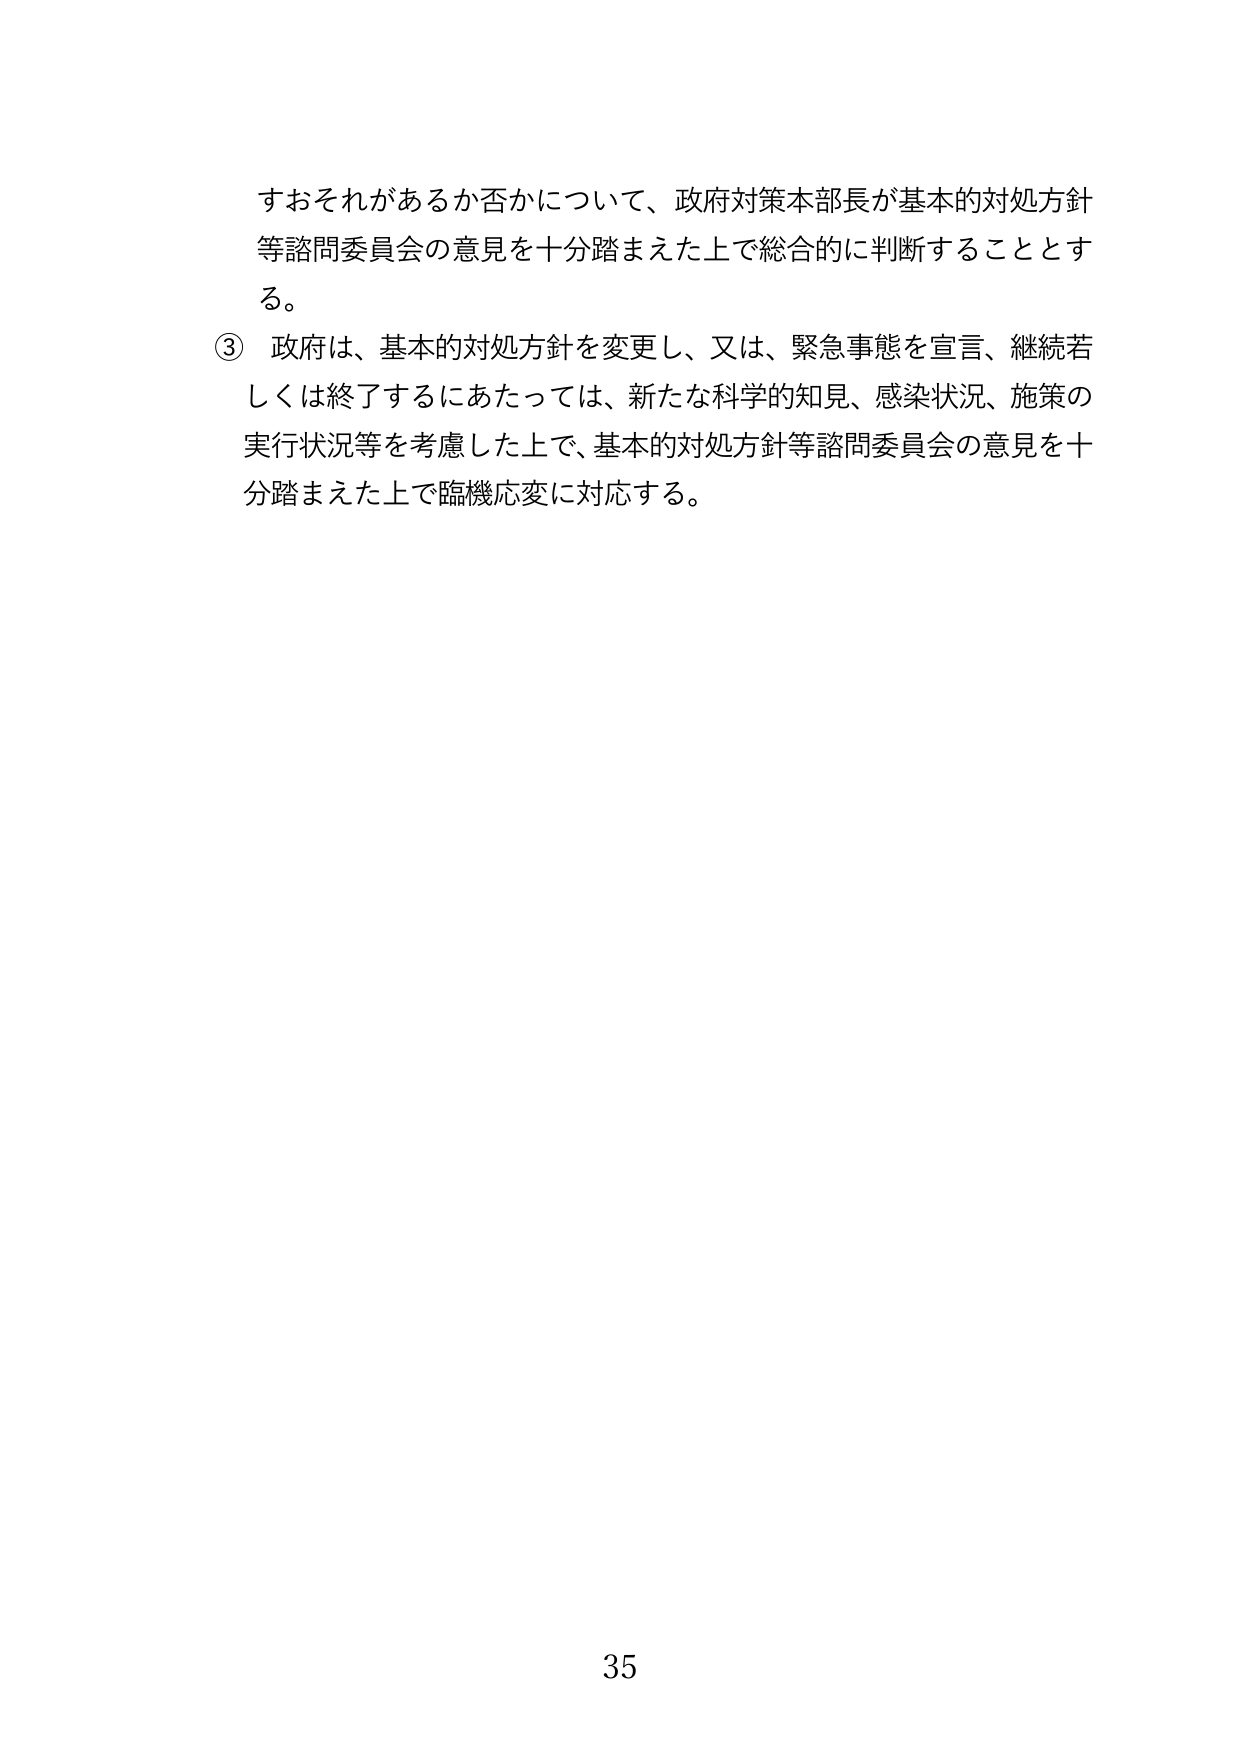
すおそれがあるか否かについて、政府対策本部長が基本的対処方針等諮問委員会の意見を十分踏まえた上で総合的に判断することとする。

③ 政府は、基本的対処方針を変更し、又は、緊急事態を宣言、継続若しくは終了するにあたっては、新たな科学的知見、感染状況、施策の実行状況等を考慮した上で、基本的対処方針等諮問委員会の意見を十分踏まえた上で臨機応変に対応する。

35